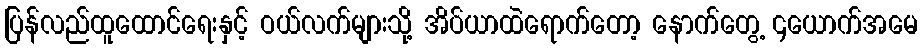
ပြန်လည်ထူထောင်ရေးနှင့် ဝယ်လက်များသို့ အိပ်ယာထဲရောက်တော့ နောက်တွေ့ ၄ယောက်အမေ